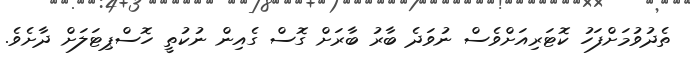
ތެދުވުމަށްފަހު ކޮޓަރިއަށްވެސް ނުވަދެ ބާރު ބާރަށް ގޮސް ގެއިން ނުކުތީ ހޮސްޕިޓަލަށް ދާށެވެ.